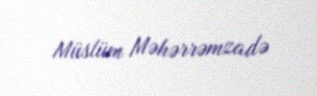
Müslüm Məhərrəmzadə